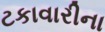
ટકાવારીના